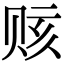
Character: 赅